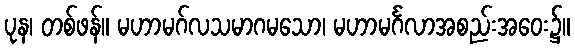
ပုန၊ တစ်ဖန်။ မဟာမဂ်လသမာဂမသော၊ မဟာမင်္ဂလာအစည်းအဝေး၌။